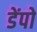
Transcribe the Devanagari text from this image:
डेंपो